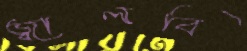
জ্বালবি